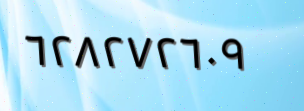
٦٢٨٢٧٢٦٠٩